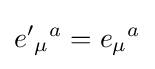
{e'}_{\mu }{}^{a}=e_{\mu }{}^{a}